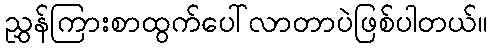
ညွှန်ကြားစာထွက်ပေါ်လာတာပဲဖြစ်ပါတယ်။